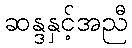
ဆန္ဒနှင့်အညီ